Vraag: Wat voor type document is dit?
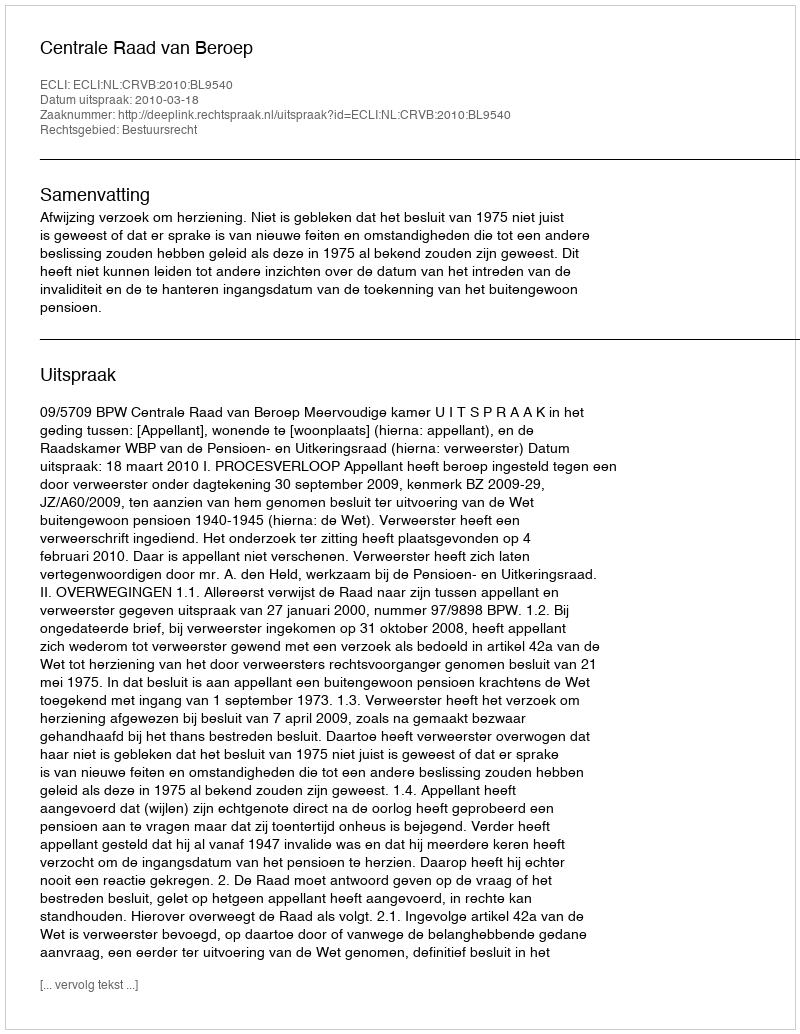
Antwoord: Uitspraak